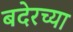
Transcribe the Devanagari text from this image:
बदेरच्या